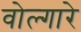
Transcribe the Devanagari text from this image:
वोल्गारे